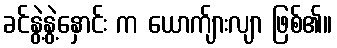
ခင်နွဲ့နွဲ့နှောင်း က ယောက်ျားလျာ ဖြစ်၏။